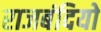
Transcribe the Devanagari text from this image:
राजबंदियो